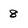
Character: 8